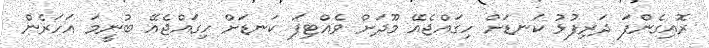
ރޮއިގެންފަ ދަރިފުޅު ކަނޑަށް ހިގައްޖެއޭ މޫދަށް ވެއްޓިފަ ކަނޑަށް ހިގައްޖެއޭ ބުނީމަ އަހަރެން